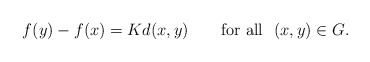
\begin{align*}f(y)-f(x)=Kd(x,y)\ \ \ \ \ \ \mathrm{for\ all}\ \ (x,y)\in G.\end{align*}